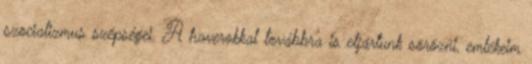
szocializmus szépségei. A haverokkal továbbra is eljártunk sörözni, emlékeim